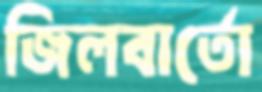
জিলবার্তো